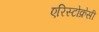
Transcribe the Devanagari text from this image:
एरिस्टोक्रेसी